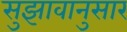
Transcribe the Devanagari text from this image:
सुझावानुसार